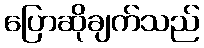
ပြောဆိုချက်သည်